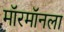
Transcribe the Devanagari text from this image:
मॉरमॉनला